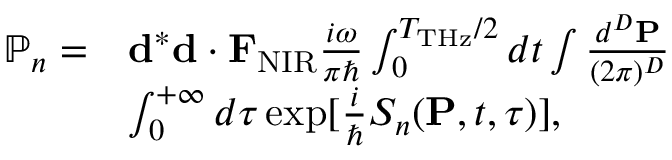
\begin{array} { r l } { \mathbb { P } _ { n } = } & { { \bf d } ^ { * } { \bf d } \cdot { \bf F } _ { \mathrm { N I R } } \frac { i \omega } { \pi \hbar } \int _ { 0 } ^ { T _ { \mathrm { T H z } } / 2 } d t \int \frac { d ^ { D } { \bf P } } { ( 2 \pi ) ^ { D } } } \\ & { \int _ { 0 } ^ { + \infty } d \tau \exp [ { \frac { i } { \hbar } S _ { n } ( { \bf P } , t , \tau ) } ] , } \end{array}